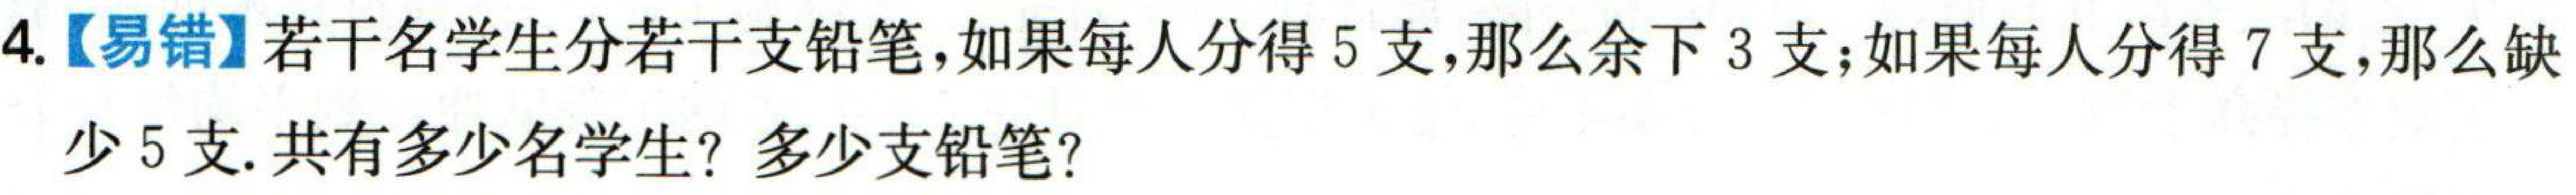
4.【易错】若干名学生分若干支铅笔,如果每人分得5支,那么余下3支;如果每人分得7支,那么缺少5支. 共有多少名学生? 多少支铅笔?